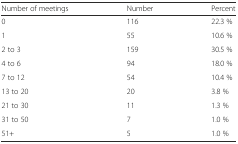
| Number of meetings | Number | Percent |
 | --- | --- | --- |
 | 0 | 116 | 22.3 % |
 | 1 | 55 | 10.6 % |
 | 2 to 3 | 159 | 30.5 % |
 | 4 to 6 | 94 | 18.0 % |
 | 7 to 12 | 54 | 10.4 % |
 | 13 to 20 | 20 | 3.8 % |
 | 21 to 30 | 11 | 1.3 % |
 | 31 to 50 | 7 | 1.0 % |
 | 51+ | 5 | 1.0 % |